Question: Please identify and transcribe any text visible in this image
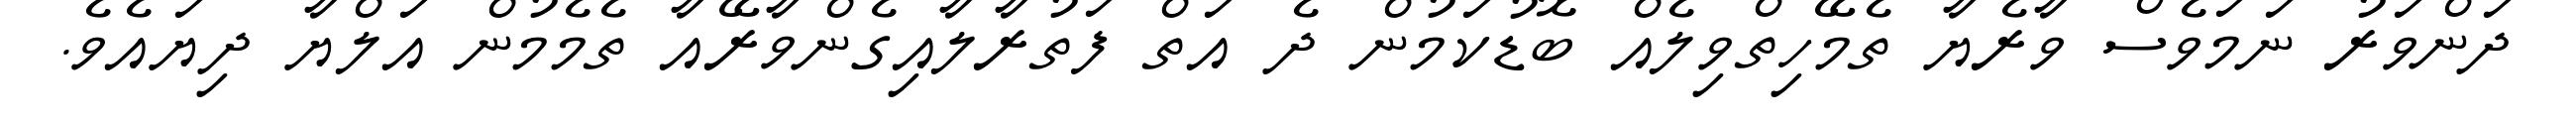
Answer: ދަންވަރު ނަމަވެސް ވާރެޔާ ތެމޭހިތްވިލެއް ބޮޑުކަމުން ދެ އަތް ފަތުރާލާއިގެންވާރޭއާ ތެމެމުން އަލްޔާ ދިޔައެވެ.